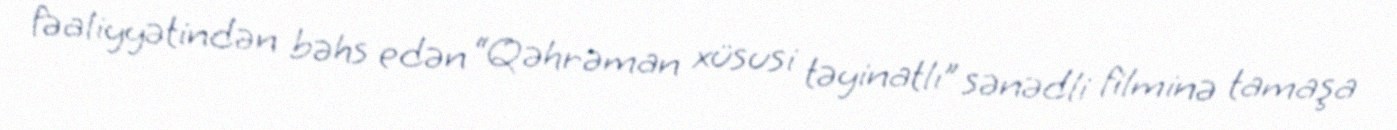
fəaliyyətindən bəhs edən “Qəhrəman xüsusi təyinatlı” sənədli filminə tamaşa